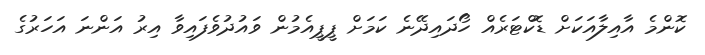
ކޮންމެ އާއިލާއަކަށް ޑޮކްޓަރެއް ހޯދައިދޭނެ ކަމަށް ޕީޕީއެމުން ވައުދުވެފައިވާ އިރު އަންނަ އަހަރުގެ